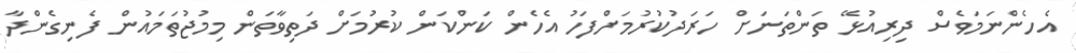
އެހެންނަމަވެސް ދިރިއުޅޭ ތަންތަނަށް ހަރަދުކުރުމަށްފަހު އެހެން ކަންކަން ކުރުމަށް ދަތިވާތަން މިމުޖުތަމައުން ފެނިގެންދާ